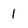
Character: 1